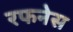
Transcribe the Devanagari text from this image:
रफनेस